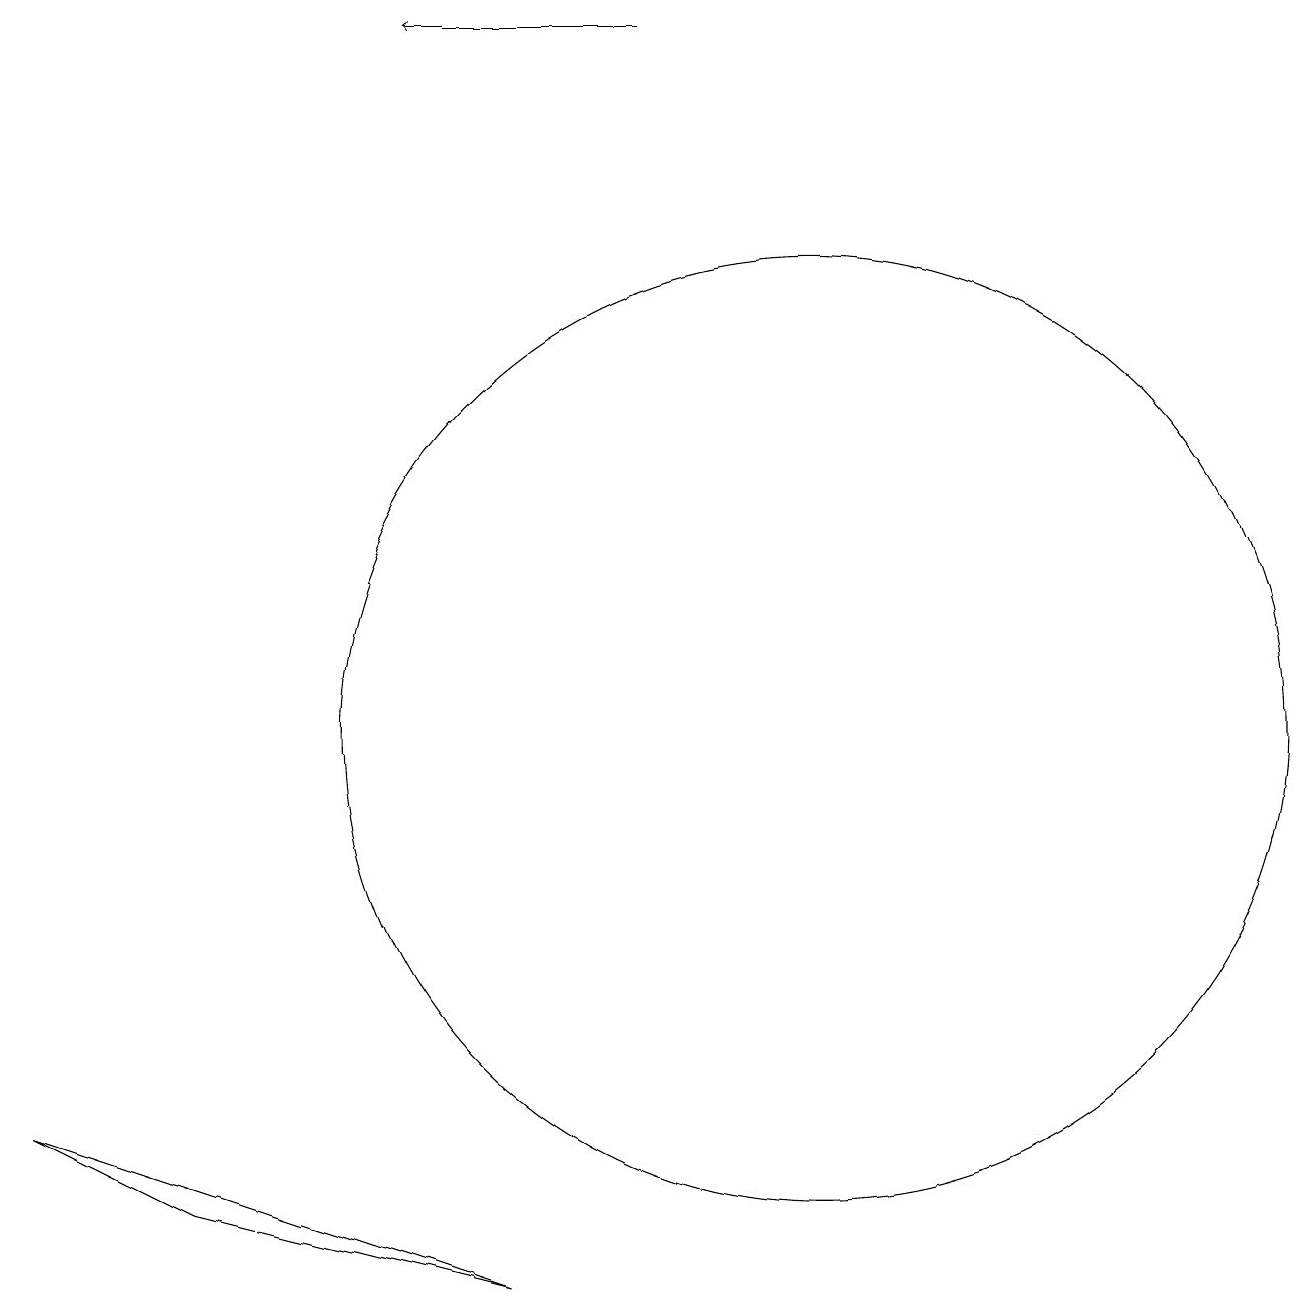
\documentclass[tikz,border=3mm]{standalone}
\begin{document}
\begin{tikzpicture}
\draw (2,4) -- (6,3) -- (0,5) -- cycle;
\draw (10,10) circle (6);
\draw[->] (8,19) -- (5,19);
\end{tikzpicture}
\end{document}